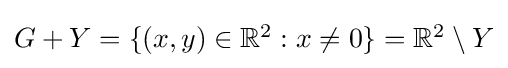
{\textstyle G+Y=\{(x,y)\in \mathbb {R} ^{2}:x\neq 0\}=\mathbb {R} ^{2}\setminus Y}